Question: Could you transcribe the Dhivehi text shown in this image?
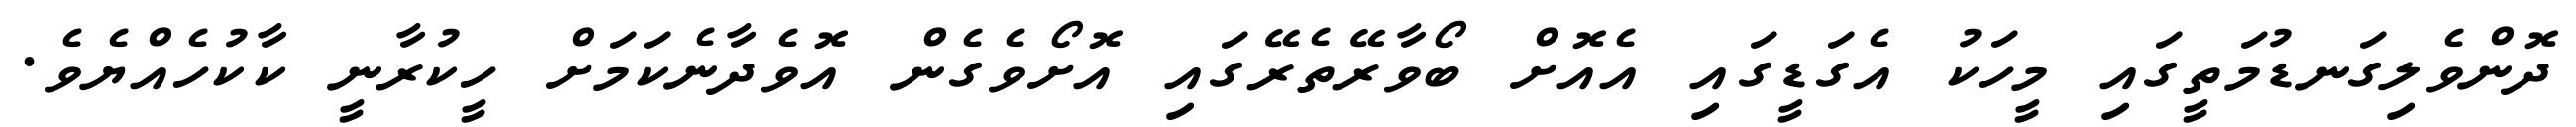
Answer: ދޮންވެލިގަނޑުމަތީގައި މީހަކު އެގަޑީގައި އެއޮށް ބޯވާރޭތެރޭގައި އޮށޯވެގެން އޮވެދާނެކަމަށް ހީކުރާނީ ކާކުހެއްޔެވެ.